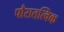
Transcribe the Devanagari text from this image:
पौरातत्विक